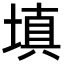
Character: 填